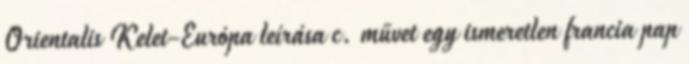
Orientalis Kelet-Európa leírása c. művet egy ismeretlen francia pap